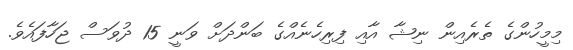
މިމީހުންގެ ތެރެއިން ނިޝާ އާއި ފިރިހެނެއްގެ ބަންދަށް ވަނީ 15 ދުވަސް ޖަހާފައެވެ.